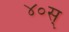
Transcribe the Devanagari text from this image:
४०स्